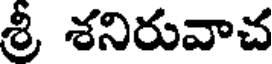
శ్రీ శనిరువాచ